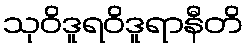
သုဝိဒူရဝိဒူရာနီတိ